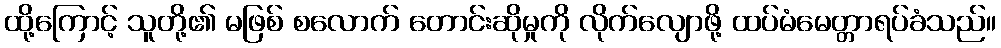
ထို့ကြောင့် သူတို့၏ မဖြစ် စလောက် တောင်းဆိုမှုကို လိုက်လျောဖို့ ထပ်မံမေတ္တာရပ်ခံသည်။